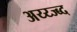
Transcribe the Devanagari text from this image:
अय्य्ज्ब्द